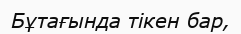
Бұтағында тікен бар,